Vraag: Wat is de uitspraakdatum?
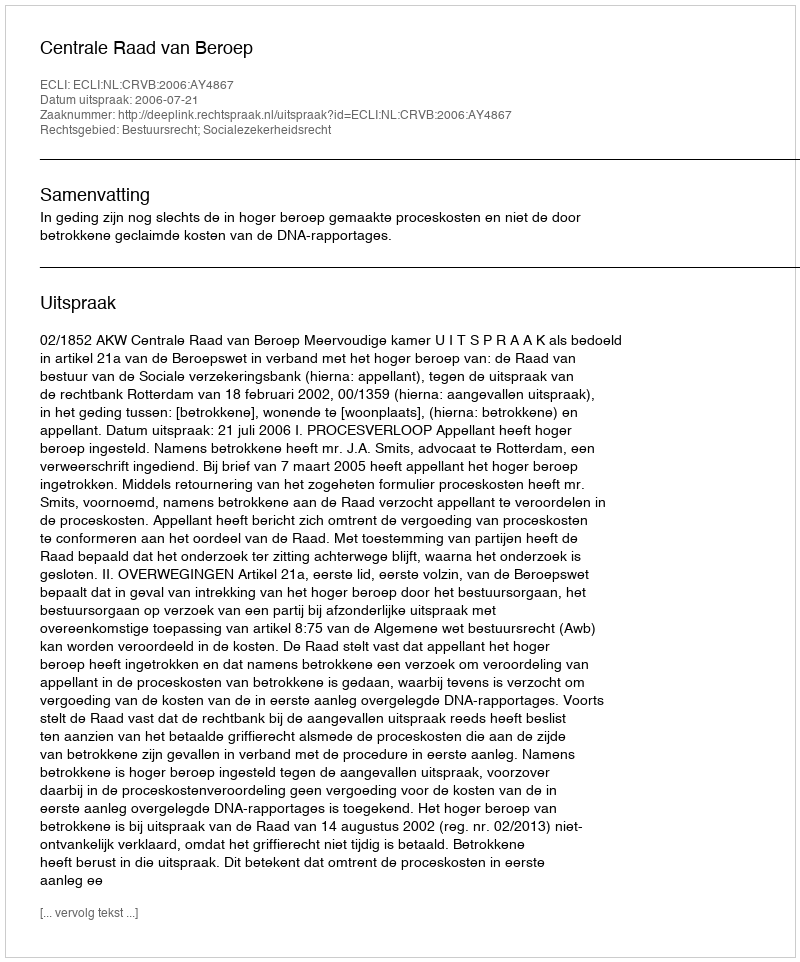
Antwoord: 2006-07-21